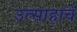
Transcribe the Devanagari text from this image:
उत्‍साहाचे